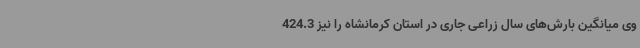
وی میانگین بارش‌های سال زراعی جاری در استان کرمانشاه را نیز 424.3